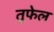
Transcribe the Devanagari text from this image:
तुफेल